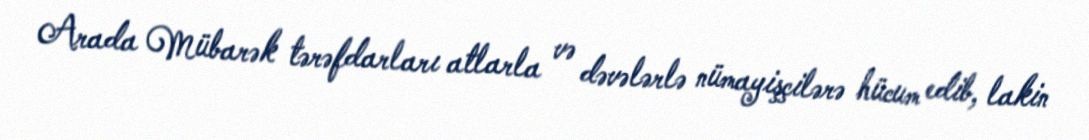
Arada Mübarək tərəfdarları atlarla və dəvələrlə nümayişçilərə hücum edib, lakin